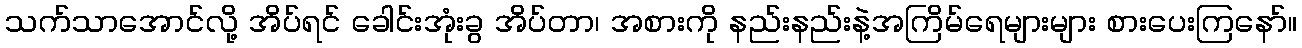
သက်သာအောင်လို့ အိပ်ရင် ခေါင်းအုံးခွ အိပ်တာ၊ အစားကို နည်းနည်းနဲ့အကြိမ်ရေများများ စားပေးကြနော်။